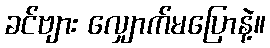
ခင်ဗျား လျှောက်မပြောနဲ့။